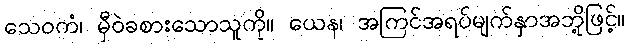
သေဝကံ၊ မှီဝဲခစားသောသူကို။ ယေန၊ အကြင်အရပ်မျက်နှာအဘို့ဖြင့်။